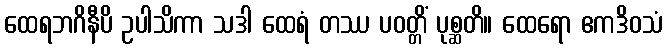
ထေရဘဂိနီပိ ဥပါသိကာ သဒါ ထေရံ တဿ ပဝတ္တိံ ပုစ္ဆတိ။ ထေရော ဧကဒိဝသံ